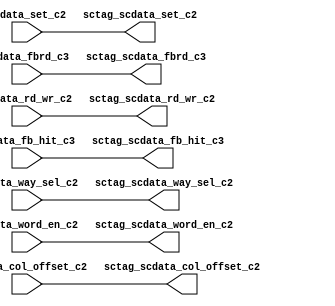
module sctag_tagctlrep(
   sctag_scdata_set_c2, sctag_scdata_way_sel_c2, 
   sctag_scdata_col_offset_c2, sctag_scdata_rd_wr_c2, 
   sctag_scdata_word_en_c2, sctag_scdata_fbrd_c3, 
   sctag_scdata_fb_hit_c3, 
   scdata_set_c2, scdata_way_sel_c2, scdata_col_offset_c2, 
   scdata_rd_wr_c2, scdata_word_en_c2, scdata_fbrd_c3, 
   scdata_fb_hit_c3
   );
input  [9:0]	scdata_set_c2; 
input  [11:0]  scdata_way_sel_c2;
input  [3:0]   scdata_col_offset_c2;
input          scdata_rd_wr_c2;
input  [15:0]  scdata_word_en_c2;
input		scdata_fbrd_c3;
input		scdata_fb_hit_c3;
output  [9:0]	sctag_scdata_set_c2; 
output  [11:0]  sctag_scdata_way_sel_c2; 
output  [3:0]   sctag_scdata_col_offset_c2; 
output          sctag_scdata_rd_wr_c2; 
output  [15:0]  sctag_scdata_word_en_c2; 
output		sctag_scdata_fbrd_c3; 
output		sctag_scdata_fb_hit_c3; 
assign	sctag_scdata_fb_hit_c3 = scdata_fb_hit_c3;
assign	sctag_scdata_fbrd_c3 = scdata_fbrd_c3 ;
assign	sctag_scdata_word_en_c2 = scdata_word_en_c2;
assign	sctag_scdata_rd_wr_c2 = scdata_rd_wr_c2 ;
assign	sctag_scdata_col_offset_c2 = scdata_col_offset_c2 ;
assign	sctag_scdata_way_sel_c2 = scdata_way_sel_c2;  
assign	sctag_scdata_set_c2 = scdata_set_c2 ; 
endmodule